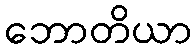
ဘောတိယာ